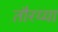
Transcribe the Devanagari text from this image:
तौरय्या